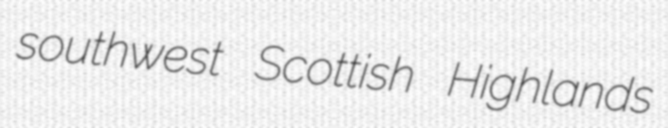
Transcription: southwest Scottish Highlands